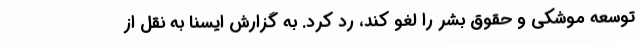
توسعه موشکی و حقوق بشر را لغو کند، رد کرد. به گزارش ایسنا به نقل از